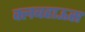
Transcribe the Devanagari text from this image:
क्लबहाऊस